Annual report of the Central Committee of the Association together with the report of the directors of the Pasteur Institute at Kasauli
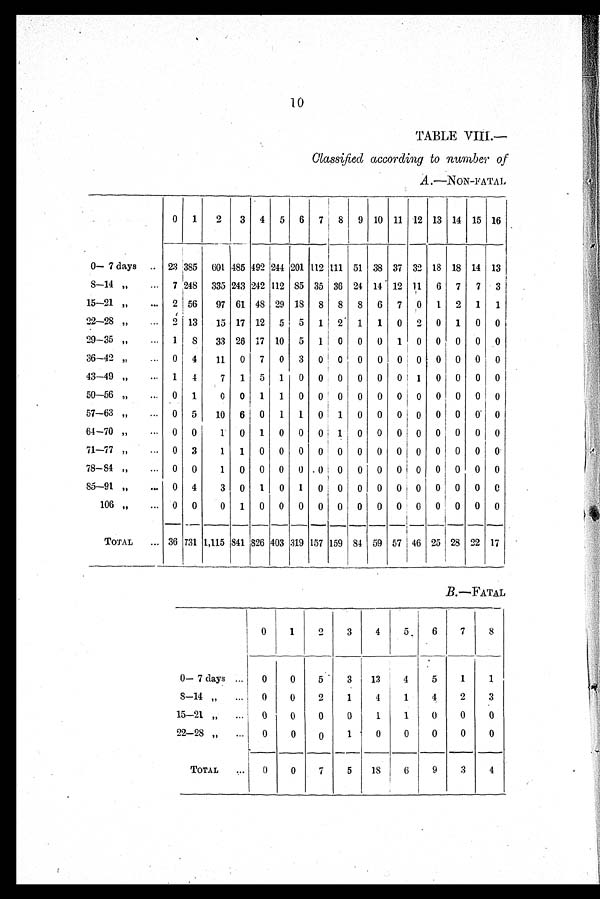
10
TABLE VIII.—
Classified according to number of
A.—NON-FATAL
0 1
2
3 4 5 6 7 8 9 10 11 12 13 14 15 16
0—7 days
23 385 601 485 492 244 201 112 111 51 38 37 32 18 18 14 13
8—14
7 248 335 243 242 112 85 35 36 24 14 12 1, 1 6 7 7 3
15—21
2 56
97 61 48 29 18 8 8 8 6 7 , 0 1 2 1 1
22—28
2 13
15 17 12 5 5 1 2 1 1 0 2 0 1 0 0
29—35
1 8
33 26 17 10 5 1 0 0 0 1 0 0 0 0 0
36—42
0 4
11 0 7 0 3 0 0 0 0 0 0 0 0 0 0
43—49
1 4
7 1 5 1 0 0 0 0 0 0 1 0 1 0 0 0
50—56
0 1
0 0 1 1 0 0 0 0 0 0 0 0 0 0 0
57—63
0 5
10 6 0 1 1 0 1 0 0 0 0 0 0 0 0
64—70
0 0
1 0 1 0 0 0 1 0 0 0 1 0
0
0 0 0
71—77
0 3
1 1 0 0 0 0 0 0 0 0 0 0 0 0 0
78—84
0 0
1 0 0 0 0 0 0 0 0 0 0 0 0 0 0
85—91
0 4
3 0 1 0 1 0 0 0 0 0 0 0 0 0 0
106
0 0
0 1 0 0 0 0 0 0 0 0
0 0 0 0 0
TOTAL
36 731 1,115 841 826 403 319 157 159 84 59 57 46 25 28 22 17
B. —FATAL
0
1
2
3
4
5 6
7
8
0— 7 days
0
0
5
3
13
4
5
1
1
8—14
0
0
2
1
4
1
4
2
3
15—21
0
0
0
0
1
1
0
0
0
22—28
0
0
0
1
0
0
0
0
0
TOTAL
0
0
7
5
18
6
9
3
4